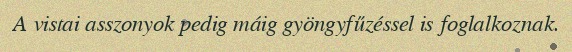
A vistai asszonyok pedig máig gyöngyfűzéssel is foglalkoznak.